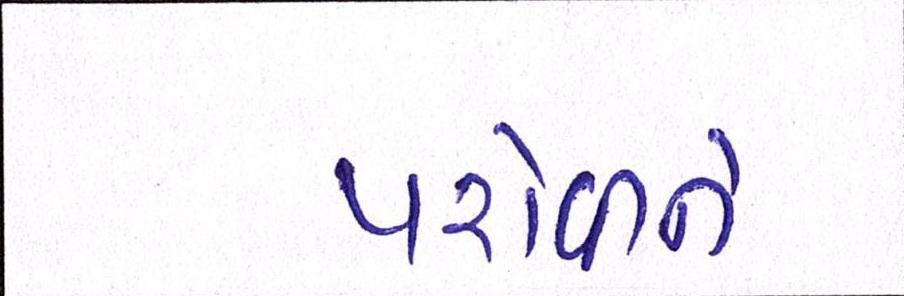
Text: પરોવીને